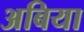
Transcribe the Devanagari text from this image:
अबिया